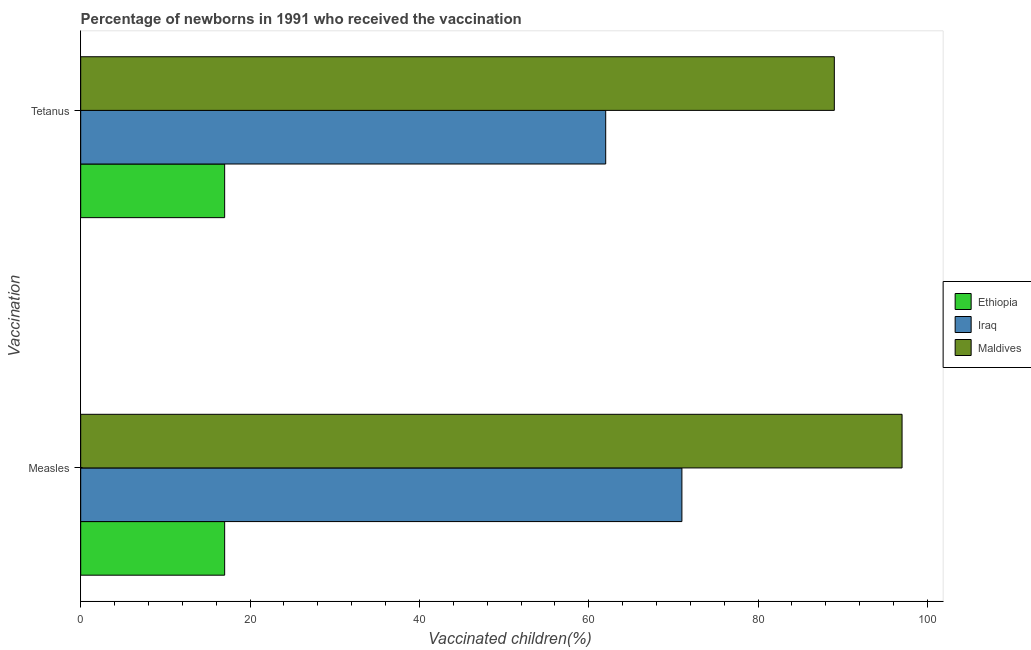
| Vaccination | Ethiopia | Iraq | Maldives |
 | --- | --- | --- | --- |
 | Measles | 17 | 71 | 97 |
 | Tetanus | 17 | 62 | 89 |